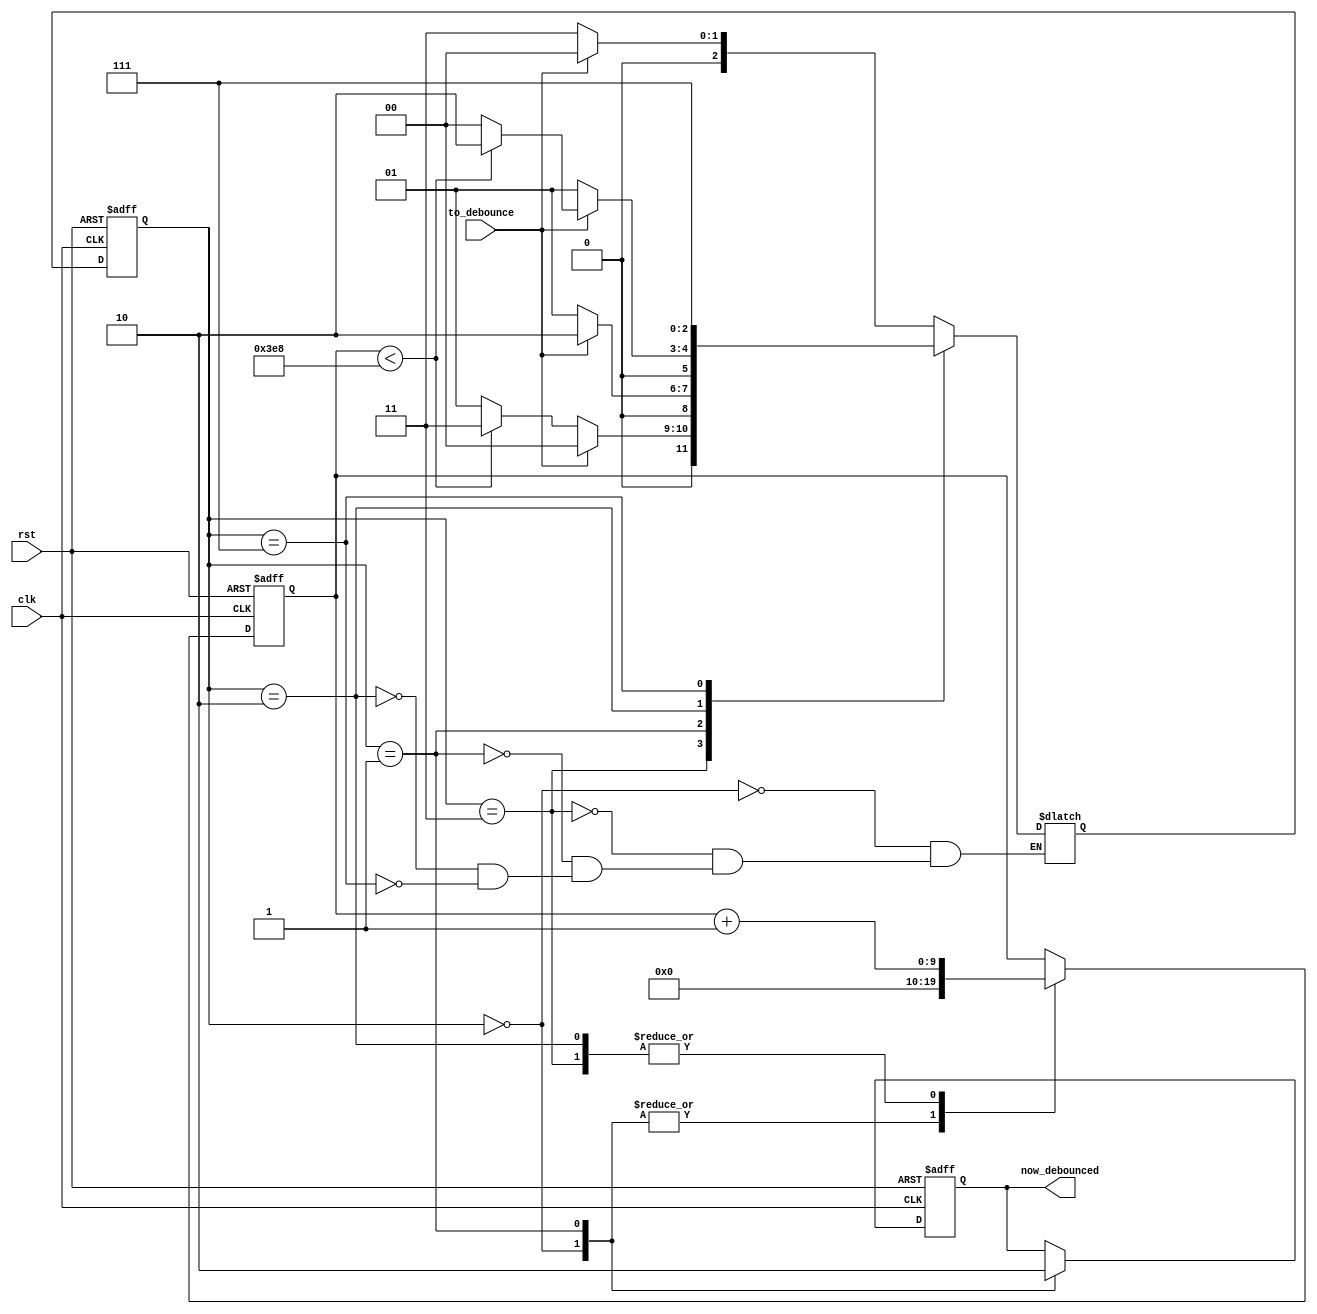
module debouncer
(
	input clk,
	input rst,
	input to_debounce,
	output reg now_debounced
);

//=======================================================
//  PORT declarations
//=======================================================
reg [2:0] S;
reg [2:0] NS;
reg [9:0] ticks_going;

parameter IS_1 = 3'd0,
		IS_0 = 3'd1,
		GOING_1 = 3'd2,
		GOING_0 = 3'd3,
		ERROR = 3'b111;
		
parameter TICKS_TILL_STABILIZED = 1000; // at 50MHz of the DE2 this is 1 microsecond = 1000 ticks

//=======================================================
//  Design
//=======================================================

always @(*)
begin
	case (S)
		IS_1: 
			if (to_debounce == 1'b0)
				NS = GOING_0;
			else
				NS = IS_1;
		GOING_0:
			if (to_debounce == 1'b1)
				NS = IS_1;
			else
				if (ticks_going < TICKS_TILL_STABILIZED)
					NS = GOING_0;
				else
					NS = IS_0;
		IS_0: 
			if (to_debounce == 1'b1)
				NS = GOING_1;
			else
				NS = IS_0;
		GOING_1:
			if (to_debounce == 1'b0)
				NS = IS_0;
			else
				if (ticks_going < TICKS_TILL_STABILIZED)
					NS = GOING_1;
				else
					NS = IS_1;
		ERROR: NS = ERROR;
	endcase
end

always @(posedge clk or negedge rst)
begin
	if (rst == 1'b0)
	begin
		ticks_going <= 10'd0;
		now_debounced <= 1'b1;
	end
	else
	begin
		case (S)
			IS_1: 
			begin
				ticks_going <= 10'd0;
				now_debounced <= 1'b1;
			end
			GOING_0:
			begin
				ticks_going <= ticks_going + 1'b1;
			end
			IS_0: 
			begin
				ticks_going <= 10'd0;
				now_debounced <= 1'b0;
			end
			GOING_1:
			begin
				ticks_going <= ticks_going + 1'b1;
			end
		endcase
	end
end

always @(posedge clk or negedge rst)
begin
	if (rst == 1'b0)
		S <= IS_1;
	else
		S <= NS;
end

endmodule